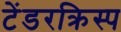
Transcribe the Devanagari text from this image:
टेंडरक्रिस्प